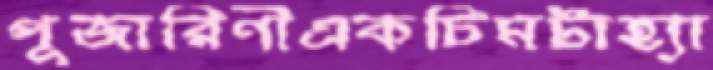
পূজারিণীএকচিমটাহ্যা